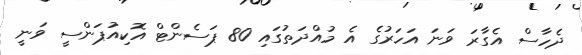
ދެހާސް އެގާރަ ވަނަ އަހަރުގެ އެ މުއްދަތުގައި 80 ޕަސެންޓް އޮކިއުޕަންސީ ވަނީ